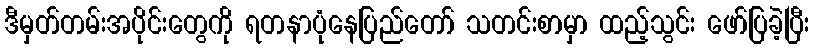
ဒီမှတ်တမ်းအပိုင်းတွေကို ရတနာပုံနေပြည်တော် သတင်းစာမှာ ထည့်သွင်း ဖော်ပြခဲ့ပြီး